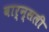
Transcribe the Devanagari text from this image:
बार्न्सली